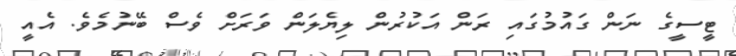
ޓީސީގެ ނަން ގައުމުގައި ރަން އަކުރުން ލިޔެލަން ވަރަށް ވެސް ބޭނުމެވެ. އެއީ